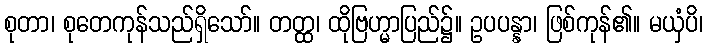
စုတာ၊ စုတေကုန်သည်ရှိသော်။ တတ္ထ၊ ထိုဗြဟ္မာပြည်၌။ ဥပပန္နာ၊ ဖြစ်ကုန်၏။ မယှံပိ၊